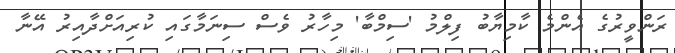
ރަންވީރުގެ އެންމެ ކާމިޔާބު ފިލްމު 'ސިމްބާ' މިހާރު ވެސް ސިނަމާގައި ކުރިއަށްދާއިރު އޭނާ